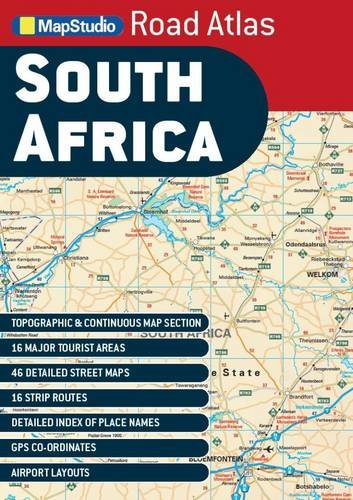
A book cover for South Africa Road Atlas; Map Studio; Travel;